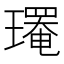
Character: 𤪄